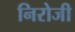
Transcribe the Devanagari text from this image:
निरोजी